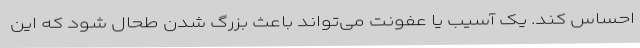
احساس کند. یک آسیب یا عفونت می‌تواند باعث بزرگ شدن طحال شود که این